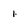
Character: 1